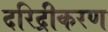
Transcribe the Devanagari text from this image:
दरिद्रीकरण